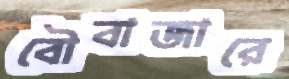
বৌবাজারে